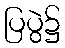
ပြပွဲ၌